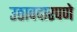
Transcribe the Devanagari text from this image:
उठावदारपणे